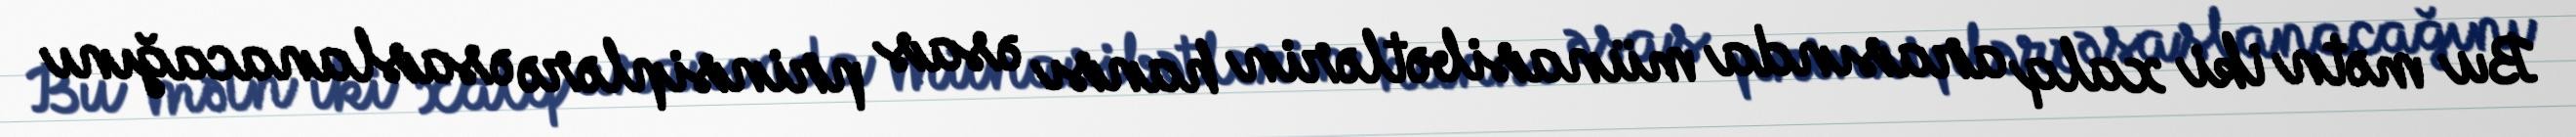
Bu mətn iki xalq arasında münasibətlərin hansı əsas prinsiplərə əsaslanacağını